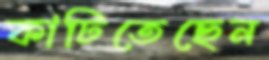
কাটিতেছেন